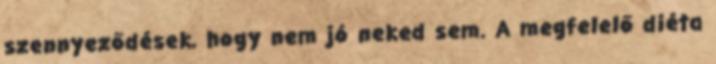
szennyeződések, hogy nem jó neked sem. A megfelelő diéta